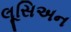
લૂસિઅન